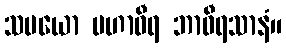
သမယော မဟာဝီရ ဘာဝီရသာနံ။